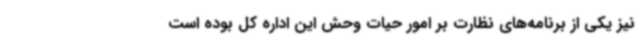
نیز یکی از برنامه‌های نظارت بر امور حیات وحش این اداره کل بوده است